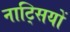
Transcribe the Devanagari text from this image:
नाट्सियों